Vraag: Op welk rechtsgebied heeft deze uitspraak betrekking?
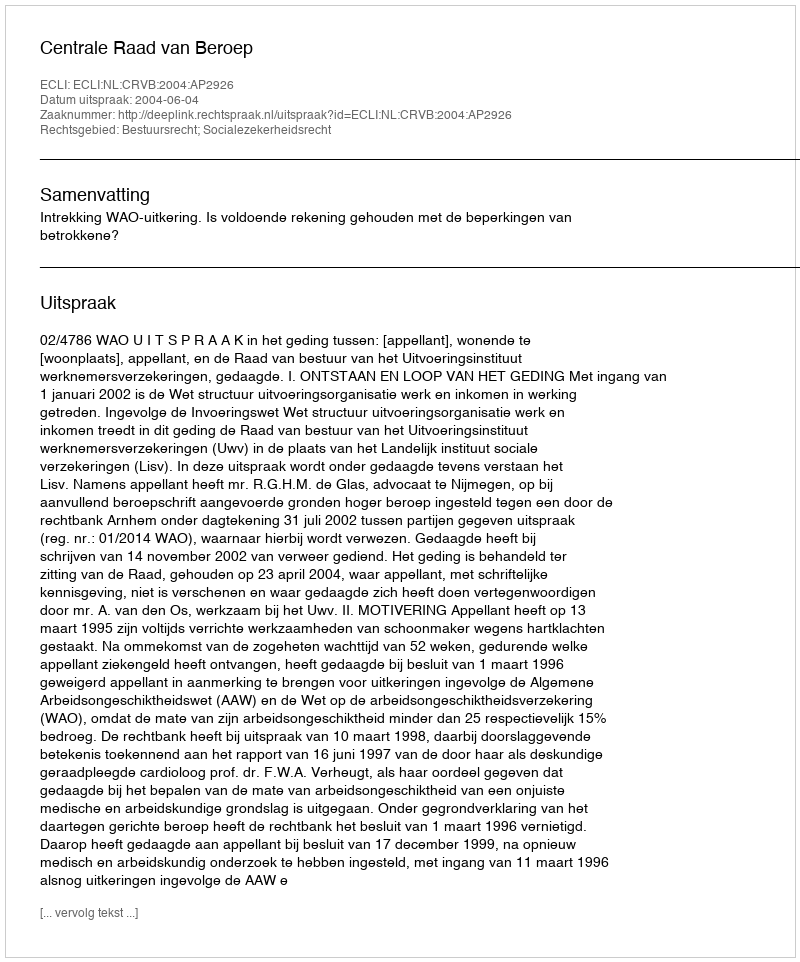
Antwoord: Bestuursrecht; Socialezekerheidsrecht